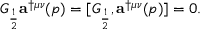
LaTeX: G _ { \frac { 1 } { 2 } } { \bf a } ^ { \dag \mu \nu } ( p ) = [ G _ { \frac { 1 } { 2 } } , { \bf a } ^ { \dag \mu \nu } ( p ) ] = 0 .